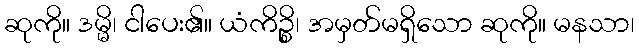
ဆုကို။ ဒမ္မိ၊ ငါပေး၏။ ယံကိဉ္စိ၊ အမှတ်မရှိသော ဆုကို။ မနသာ၊